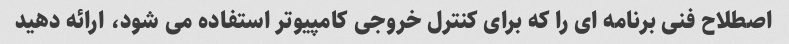
اصطلاح فنی برنامه ای را که برای کنترل خروجی کامپیوتر استفاده می شود، ارائه دهید